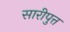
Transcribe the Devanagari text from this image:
सारीपुत्त